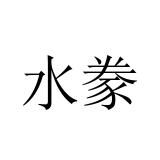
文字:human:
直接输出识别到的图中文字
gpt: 水豢